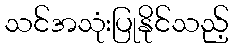
သင်အသုံးပြုနိုင်သည့်